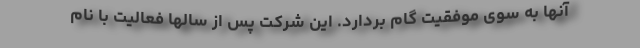
آنها به سوی موفقیت گام بردارد. این شرکت پس از سالها فعالیت با نام